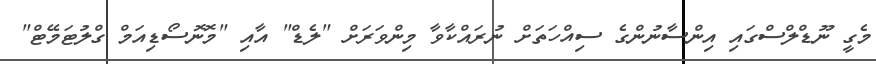
މެގީ ނޫޑްލްސްގައި އިންސާނުންގެ ސިއްހަތަށް ނުރައްކާވާ މިންވަރަށް "ލެޑް" އާއި "މޮނޮސޯޑިއަމް ގްލުޓަމޭޓް"